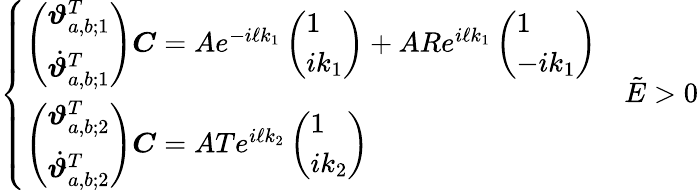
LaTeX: \left\{ \begin{array}{ll}{\left(\begin{array}{l}{\boldsymbol{\vartheta}_{a,b;1}^{T}}\\ {\dot{\boldsymbol{\vartheta}}_{a,b;1}^{T}}\end{array}\right)\boldsymbol{C}=Ae^{-i\ell k_{1}}\left(\begin{array}{l}{1}\\ {ik_{1}}\end{array}\right)+ARe^{i\ell k_{1}}\left(\begin{array}{l}{1}\\ {-ik_{1}}\end{array}\right)}\\ {\left(\begin{array}{l}{\boldsymbol{\vartheta}_{a,b;2}^{T}}\\ {\dot{\boldsymbol{\vartheta}}_{a,b;2}^{T}}\end{array}\right)\boldsymbol{C}=ATe^{i\ell k_{2}}\left(\begin{array}{l}{1}\\ {ik_{2}}\end{array}\right)}\end{array}\right.\quad\tilde{E}>0